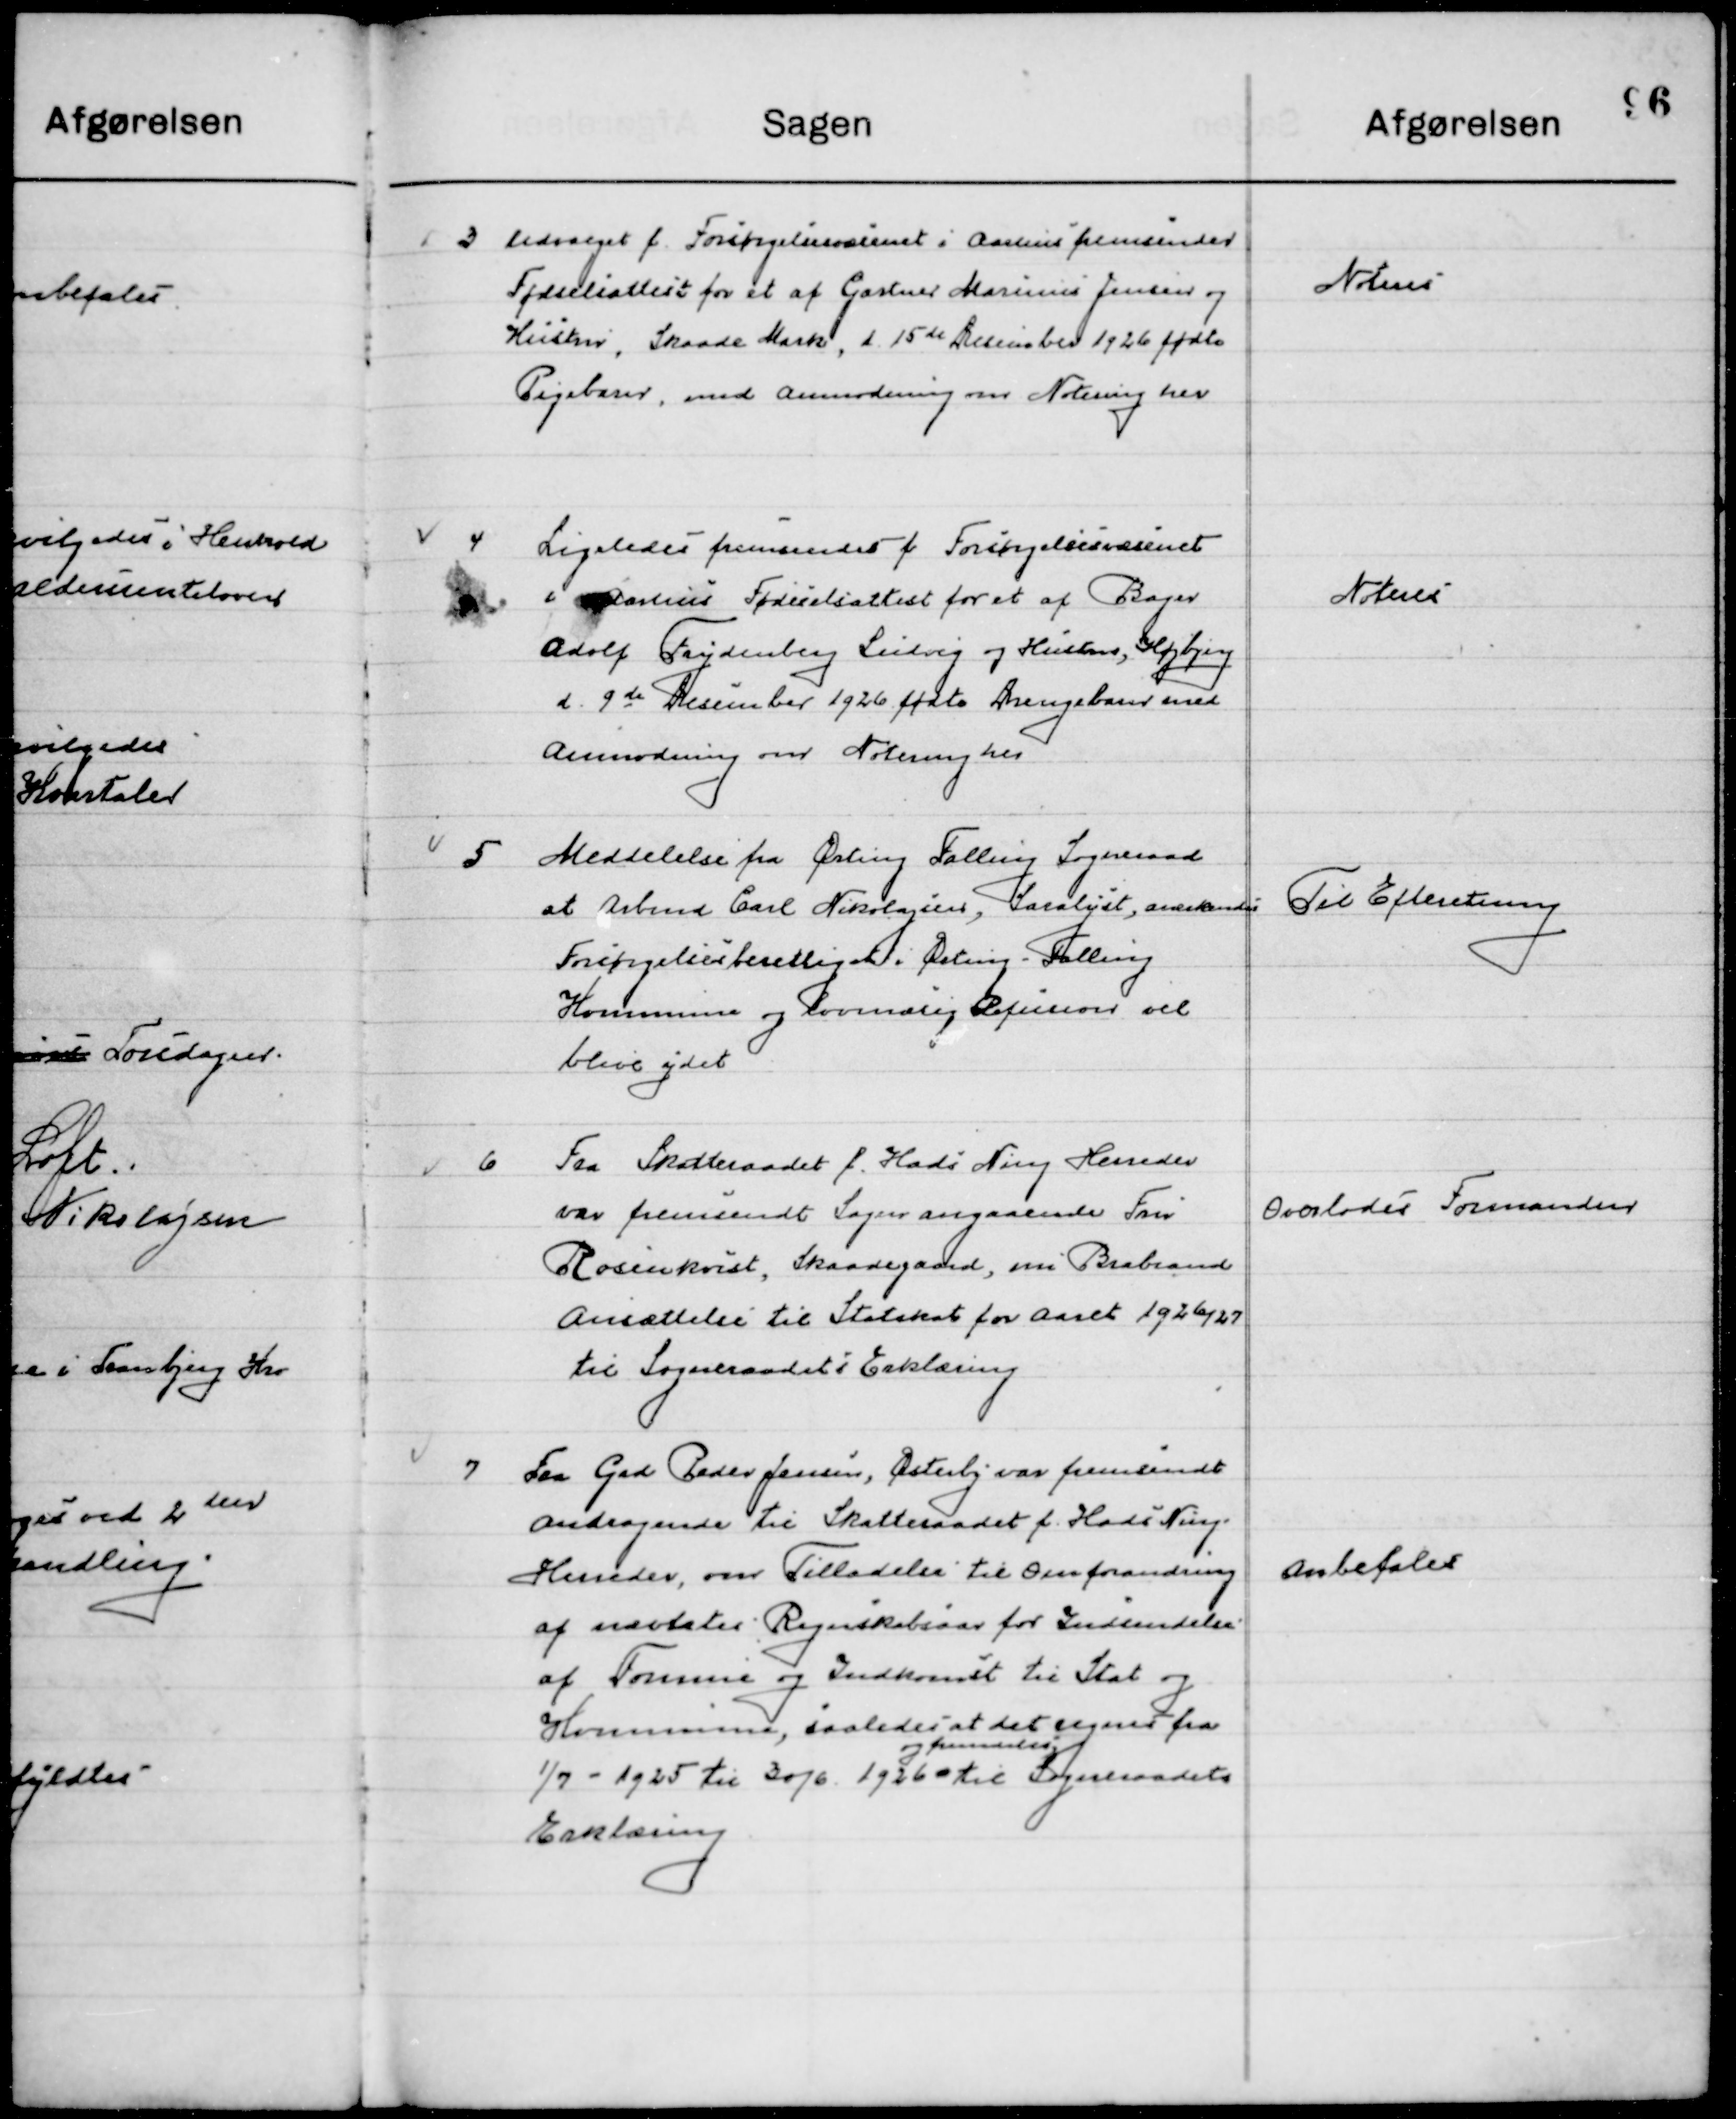
Transskription:
3

Udvalget f. Forsørgelsesvæsenet i Aarhus fremsender
Fødselsattest for et af Marius Jensen og
Hustru, Skaade Mark, d. 15de December 1926 fødte
Pigebarn, med Anmodning om Notering her.

Noteres

4

Ligeledes fremsendt f. Forsørgelsesvæsenet 
i Aarhus fremsender Fødselsattest for et af Bager
Adolf Frydenberg Ludvig og Hustru, Højberg
d. 9de December 1926 fødte Drengebarn
med Anmodning om Notering her.

Noteres

5

Meddelelse fra Ørting Falling Sogneraad
at Arbmd Carl Nikolajsen, Saralyst, anerkendes
Forsørgelsesberettiget i Ørting Falling
Kommune og lovmæssig Refusion vil
blive ydet.

Til Efterretning

6

Fra Skatteraadet f. Hads Ning Herreders
var fremsendt Sager angaaende Fru
Rosenkvist, Skaadegaard om Brabrand
Ansættelse til Statsskat for Aaret 1926/27 
til Sogneraadets Erklæring.

Overlodes Formanden

7

Fra Grd. Peder Jensen Østerby var fremsendt 
Andragende til Skatteraadet f. Hads Ning
Herreders, om Tilladelse til Omforandring
af nævntes Regnskabsaar for Indsendelse
af Formue og Indkomst til Stat og 
Kommune, saaledes at det regnes fra
1/7 1925 til 30/6 1926 
og fremdeles
til Sogneraadets 
Erklæring

Anbefales